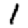
Digit: 1